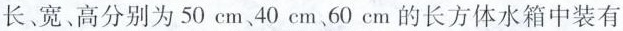
长、宽、高分别为50cm、40cm、60cm的长方体水箱中装有